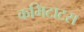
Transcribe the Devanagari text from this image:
कमिटाटस